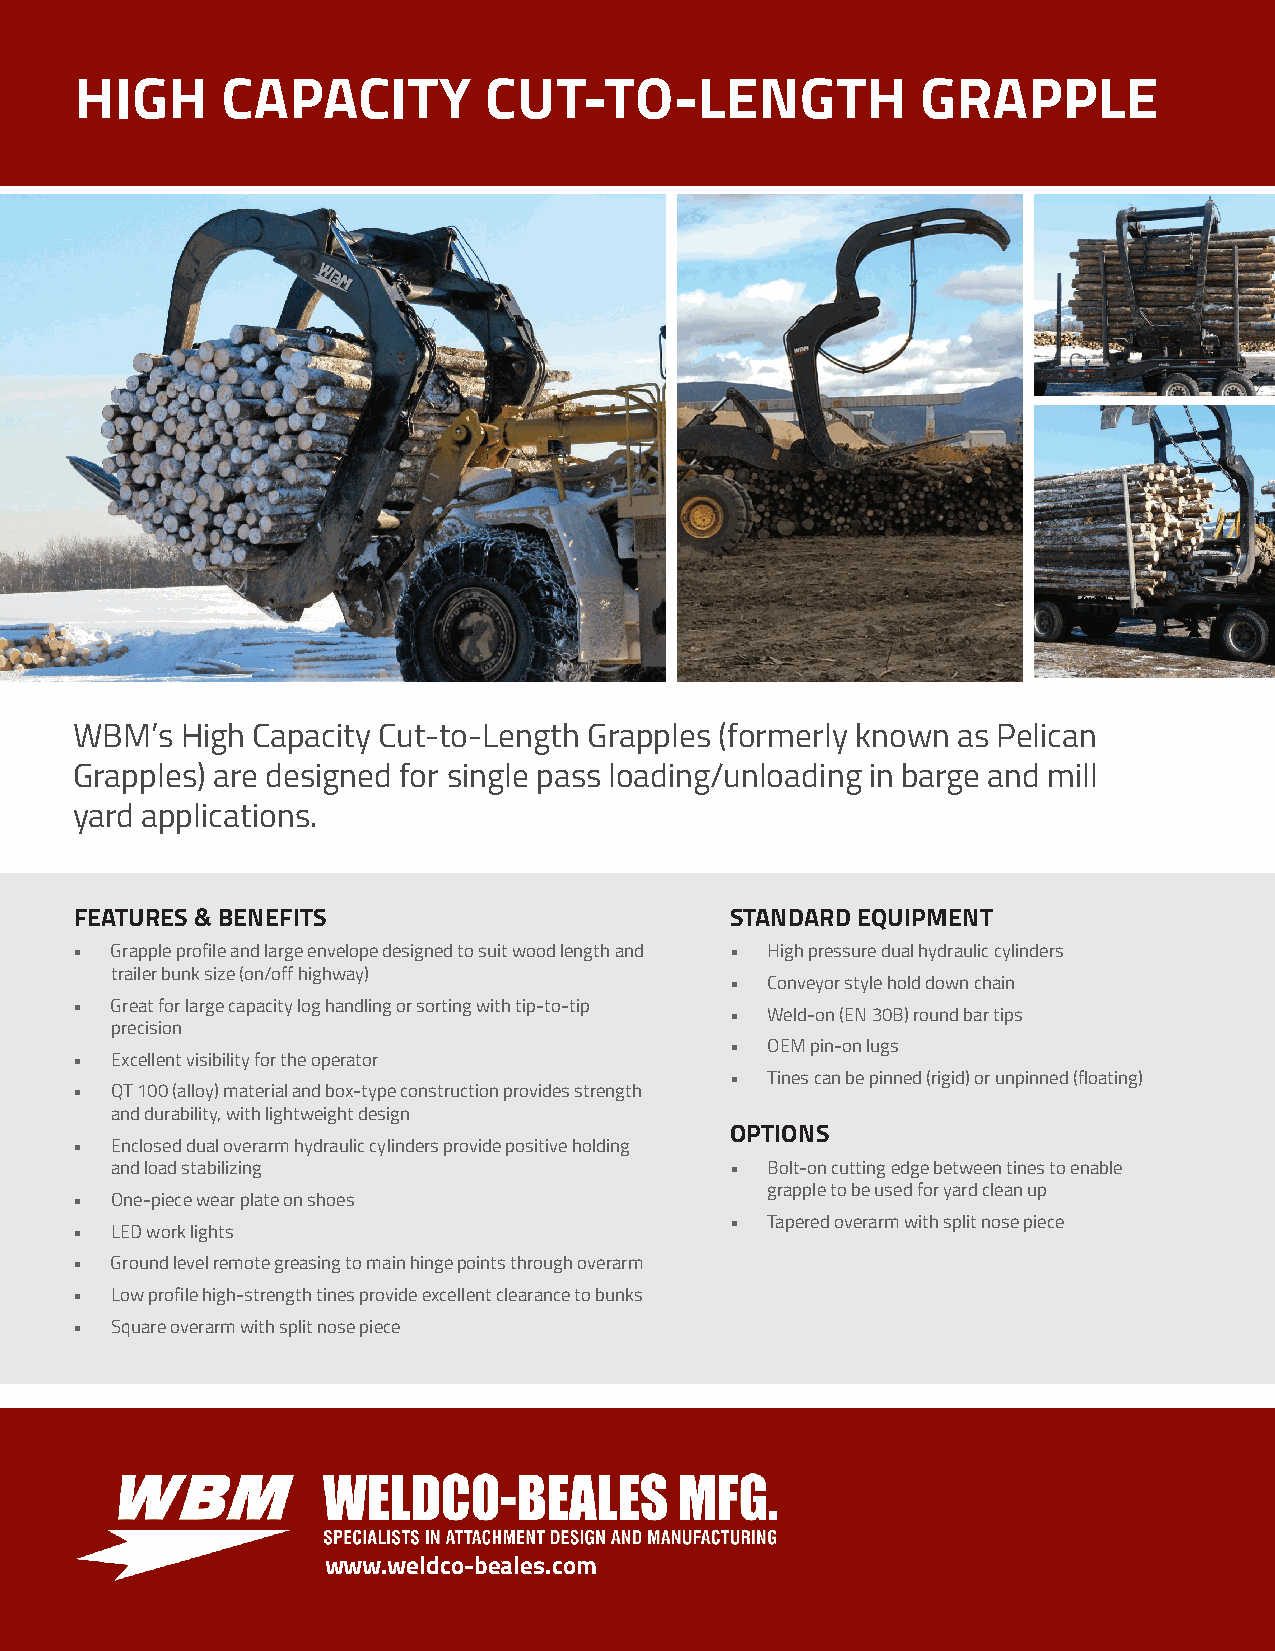
HIGH      CAPACITY         CUT-TO-LENGTH                GRAPPLE
 WBM’s  High Capacity Cut-to-Length Grapples (formerly known as Pelican
 Grapples) are designed for single pass loading/unloading in barge and mill
 yard applications.
 FEATURES & BENEFITS                        STANDARD EQUIPMENT
 • Grapple profile and large envelope designed to suit wood length and • High pressure dual hydraulic cylinders
 trailer bunk size (on/off highway)
 •  Conveyor style hold down chain
 • Great for large capacity log handling or sorting with tip-to-tip
 •  Weld-on (EN 30B) round bar tips
 precision
 •  OEM pin-on lugs
 • Excellent visibility for the operator
 •  Tines can be pinned (rigid) or unpinned (floating)
 • QT 100 (alloy) material and box-type construction provides strength
 and durability, with lightweight design
 OPTIONS
 • Enclosed dual overarm hydraulic cylinders provide positive holding
 and load stabilizing                     •  Bolt-on cutting edge between tines to enable
 grapple to be used for yard clean up
 • One-piece wear plate on shoes
 •  Tapered overarm with split nose piece
 • LED work lights
 • Ground level remote greasing to main hinge points through overarm
 • Low profile high-strength tines provide excellent clearance to bunks
 • Square overarm with split nose piece
 www.weldco-beales.com